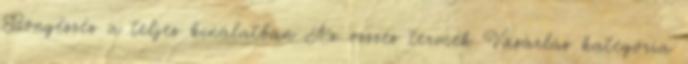
Böngészés a teljes kínálatban Az összes termék Vásárlás kategória